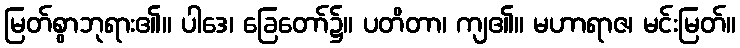
မြတ်စွာဘုရား၏။ ပါဒေ၊ ခြေတော်၌။ ပတိတာ၊ ကျ၏။ မဟာရာဇ၊ မင်းမြတ်။